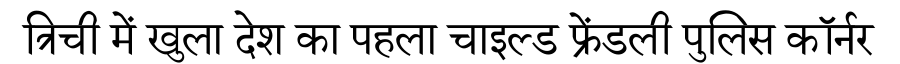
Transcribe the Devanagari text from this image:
त्रिची में खुला देश का पहला चाइल्ड फ्रेंडली पुलिस कॉर्नर